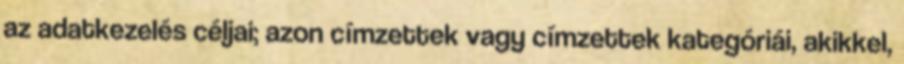
az adatkezelés céljai; azon címzettek vagy címzettek kategóriái, akikkel,